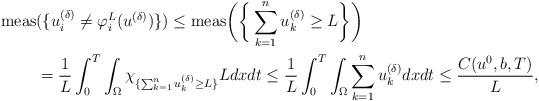
LaTeX: \begin{align*} \mbox{meas}&(\{u_i^{(\delta)}\neq\varphi_i^L(u^{(\delta)})\})\le \mbox{meas}\bigg(\bigg\{\sum_{k=1}^n u_k^{(\delta)}\ge L\bigg\}\bigg) \\&= \frac{1}{L}\int_0^T\int_\Omega\chi_{\{\sum_{k=1}^n u_k^{(\delta)}\ge L\}}Ldxdt\le \frac{1}{L}\int_0^T\int_\Omega\sum_{k=1}^n u_k^{(\delta)} dxdt\le \frac{C(u^0,b,T)}{L},\end{align*}